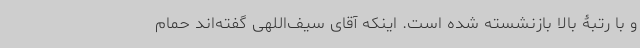
و با رتبۀ بالا بازنشسته شده است. اینکه آقای سیف‌اللهی گفته‌اند حمام